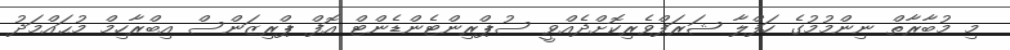
މި މުބާރާތް ނިންމުމުގެ ހަފްލާ ޝަރަފްވެރިކޮށްދެއްވީ ސުޕްރިންޓެންޑެންޓް އޮފް ޕްރިޒަންސް އިބްރާހިމް މުޙައްމަދު